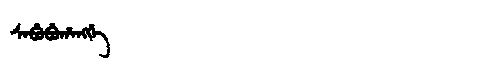
Manchu: ᠰᠠᠪᡠᠪᡠᡥᠠᠩᡤᡝ
Romanization: SABUBUHANGGE